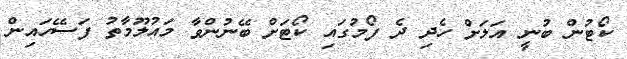
ކޯޓުން ބުނީ އަލަށް ހެދި ދެ ފޯމުގައި ކޯޓަށް ބޭނުންވާ މައުލޫމާތު ފަސޭހައިން